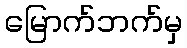
မြောက်ဘက်မှ